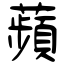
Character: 蘋